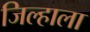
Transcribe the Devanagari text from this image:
जिल्हाला